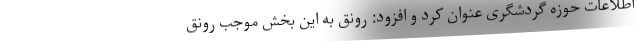
اطلاعات حوزه گردشگری عنوان کرد و افزود: رونق به این بخش موجب رونق